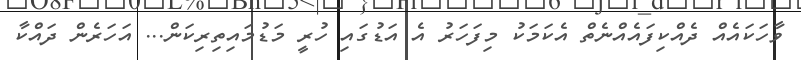
ވާހަކައެއް ދެއްކިފައެއްނެތް އެކަމަކު މިފަހަރު އެ އަޑުގައި ހުރީ މަޑުމައިތިރިކަން... އަހަރެން ދައްކާ